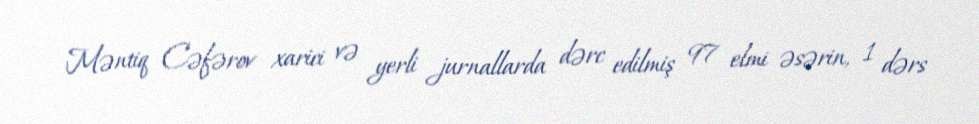
Məntiq Cəfərov xarici və yerli jurnallarda dərc edilmiş 97 elmi əsərin, 1 dərs